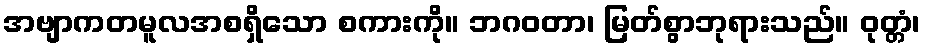
အဗျာကတမူလအစရှိသော စကားကို။ ဘဂဝတာ၊ မြတ်စွာဘုရားသည်။ ဝုတ္တံ၊